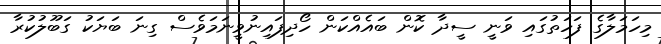
މިހަމަލާގެ ފަހަތުގައި ވަނީ ސީދާ ކޮން ބައެއްކަން ހޯދިފައިނުވީނަމަވެސް ގިނަ ބަޔަކު ގަބޫލުކުރާ